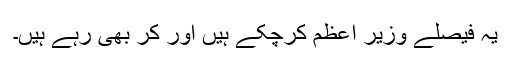
یہ فیصلے وزیر اعظم کرچکے ہیں اور کر بھی رہے ہیں۔